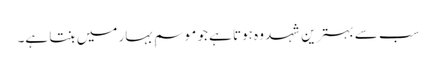
سب سے بہترین شہد وہ ہوتا ہے جو موسمِ بہار میں بنتا ہے۔